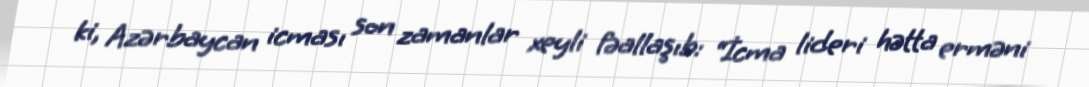
ki, Azərbaycan icması son zamanlar xeyli fəallaşıb: “İcma lideri hətta erməni